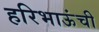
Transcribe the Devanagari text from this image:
हरिभाऊंची